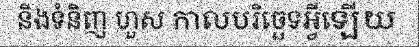
និងទំនិញ ហួស កាលបរិច្ឆេទអ្វីឡើយ